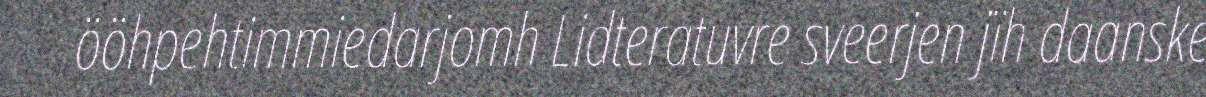
ööhpehtimmiedarjomh Lidteratuvre sveerjen jïh daanske